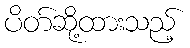
ပိတ်ဆို့ထားသည့်